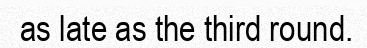
as late as the third round.